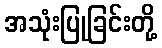
အသုံးပြုခြင်းတို့